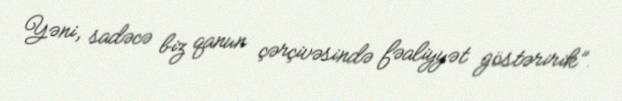
Yəni, sadəcə biz qanun çərçivəsində fəaliyyət göstəririk”.